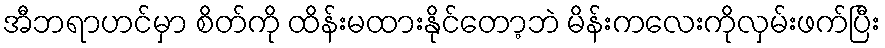
အီဘရာဟင်မှာ စိတ်ကို ထိန်းမထားနိုင်တော့ဘဲ မိန်းကလေးကိုလှမ်းဖက်ပြီး